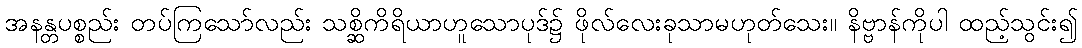
အနန္တပစ္စည်း တပ်ကြသော်လည်း သစ္ဆိကိရိယာဟူသောပုဒ်၌ ဖိုလ်လေးခုသာမဟုတ်သေး။ နိဗ္ဗာန်ကိုပါ ထည့်သွင်း၍